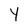
Character: Y